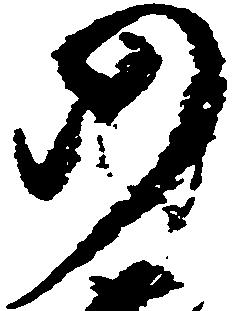
仍